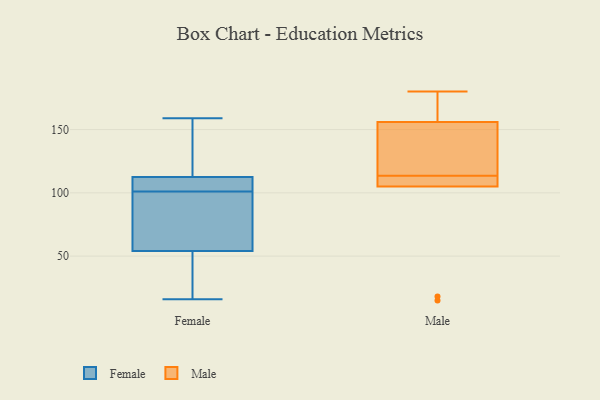
{"axis": {"x": "Market Share (%)", "y": "Value"}, "legend": ["Female", "Male"], "data": [{"x": "", "y": 101, "type": "Female"}, {"x": "", "y": 150, "type": "Female"}, {"x": "", "y": 42, "type": "Female"}, {"x": "", "y": 135, "type": "Female"}, {"x": "", "y": 68, "type": "Female"}, {"x": "", "y": 58, "type": "Female"}, {"x": "", "y": 102, "type": "Female"}, {"x": "", "y": 16, "type": "Female"}, {"x": "", "y": 159, "type": "Female"}, {"x": "", "y": 81, "type": "Female"}, {"x": "", "y": 103, "type": "Female"}, {"x": "", "y": 28, "type": "Female"}, {"x": "", "y": 105, "type": "Female"}, {"x": "", "y": 154, "type": "Male"}, {"x": "", "y": 180, "type": "Male"}, {"x": "", "y": 156, "type": "Male"}, {"x": "", "y": 157, "type": "Male"}, {"x": "", "y": 105, "type": "Male"}, {"x": "", "y": 116, "type": "Male"}, {"x": "", "y": 15, "type": "Male"}, {"x": "", "y": 18, "type": "Male"}, {"x": "", "y": 111, "type": "Male"}, {"x": "", "y": 108, "type": "Male"}]}